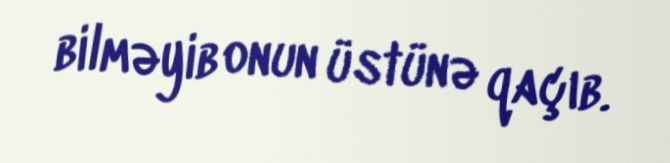
bilməyib onun üstünə qaçıb.